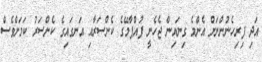
އަދި ފިރިހެނުންނަށް އެންމެ ގިނައިން ޖެހެނީ ފުއްޕާމޭގެ ކެންސަރާއި އަނގައިގެ ކެންސަރު ކަމަށްވެސް